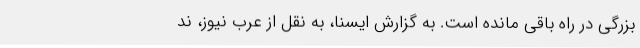
بزرگی در راه باقی مانده است. به گزارش ایسنا، به نقل از عرب نیوز، ند